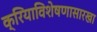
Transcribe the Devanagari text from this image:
क्रियाविशेषणासारखा